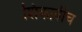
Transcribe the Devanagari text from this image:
शिकावीच